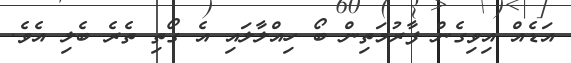
އަޑެއް އިވިގެން ފާރުމަތިން ބޯ ހިއްލާލައި އެ ގޯތި ތެރެ ބެލި އެވެ.